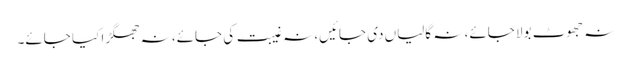
نہ جھوٹ بولا جائے، نہ گالیاں دی جائیں، نہ غیبت کی جائے، نہ جھگڑا کیا جائے۔